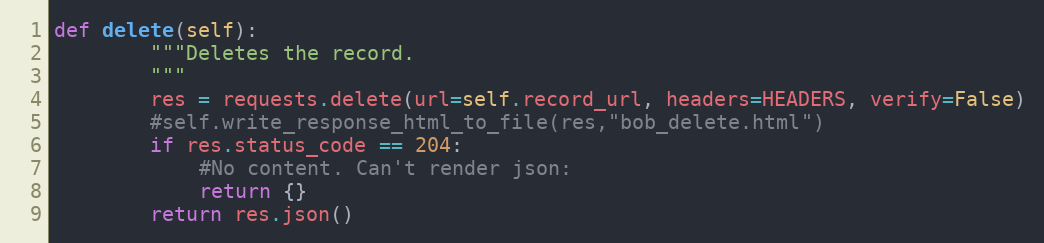
Language: Python
def delete(self):
        """Deletes the record.
        """
        res = requests.delete(url=self.record_url, headers=HEADERS, verify=False)
        #self.write_response_html_to_file(res,"bob_delete.html")
        if res.status_code == 204:
            #No content. Can't render json:
            return {}
        return res.json()